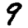
Digit: 9